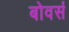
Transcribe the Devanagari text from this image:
बोवर्स